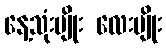
နေ့သုံးမျိုး လေးမျိုး